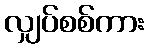
လျှပ်စစ်ကား